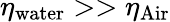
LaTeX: \eta_{\mathrm{water}}>>\eta_{\mathrm{Air}}